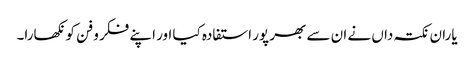
یاران نکتہ داں نے ان سے بھر پور استفادہ کیا اور اپنے فکر و فن کو نکھارا۔